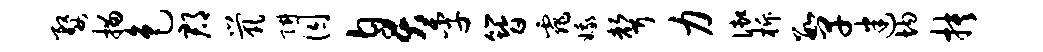
婺描色郡茕阱囚臭季簪霏娥声力御柝数早迷均抉